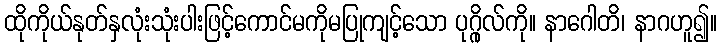
ထိုကိုယ်နုတ်နှလုံးသုံးပါးဖြင့်ကောင်မကိုမပြုကျင့်သော ပုဂ္ဂိုလ်ကို။ နာဂေါတိ၊ နာဂဟူ၍။